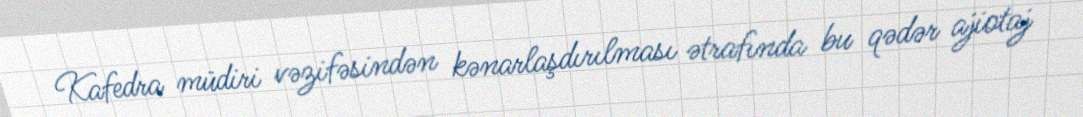
Kafedra müdiri vəzifəsindən kənarlaşdırılması ətrafında bu qədər ajiotaj